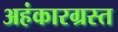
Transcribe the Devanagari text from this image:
अहंकारग्रस्त